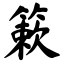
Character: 簌